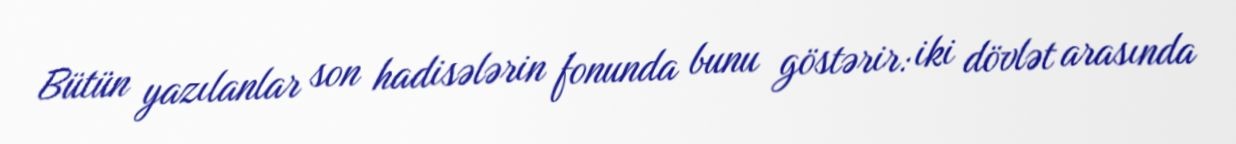
Bütün yazılanlar son hadisələrin fonunda bunu göstərir: iki dövlət arasında